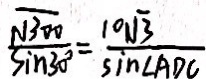
\frac { \sqrt { 3 0 0 } } { \sin 3 0 ^ { \circ } } = \frac { 1 0 \sqrt { 3 } } { \sin \angle A D C }